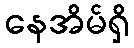
နေအိမ်ရှိ